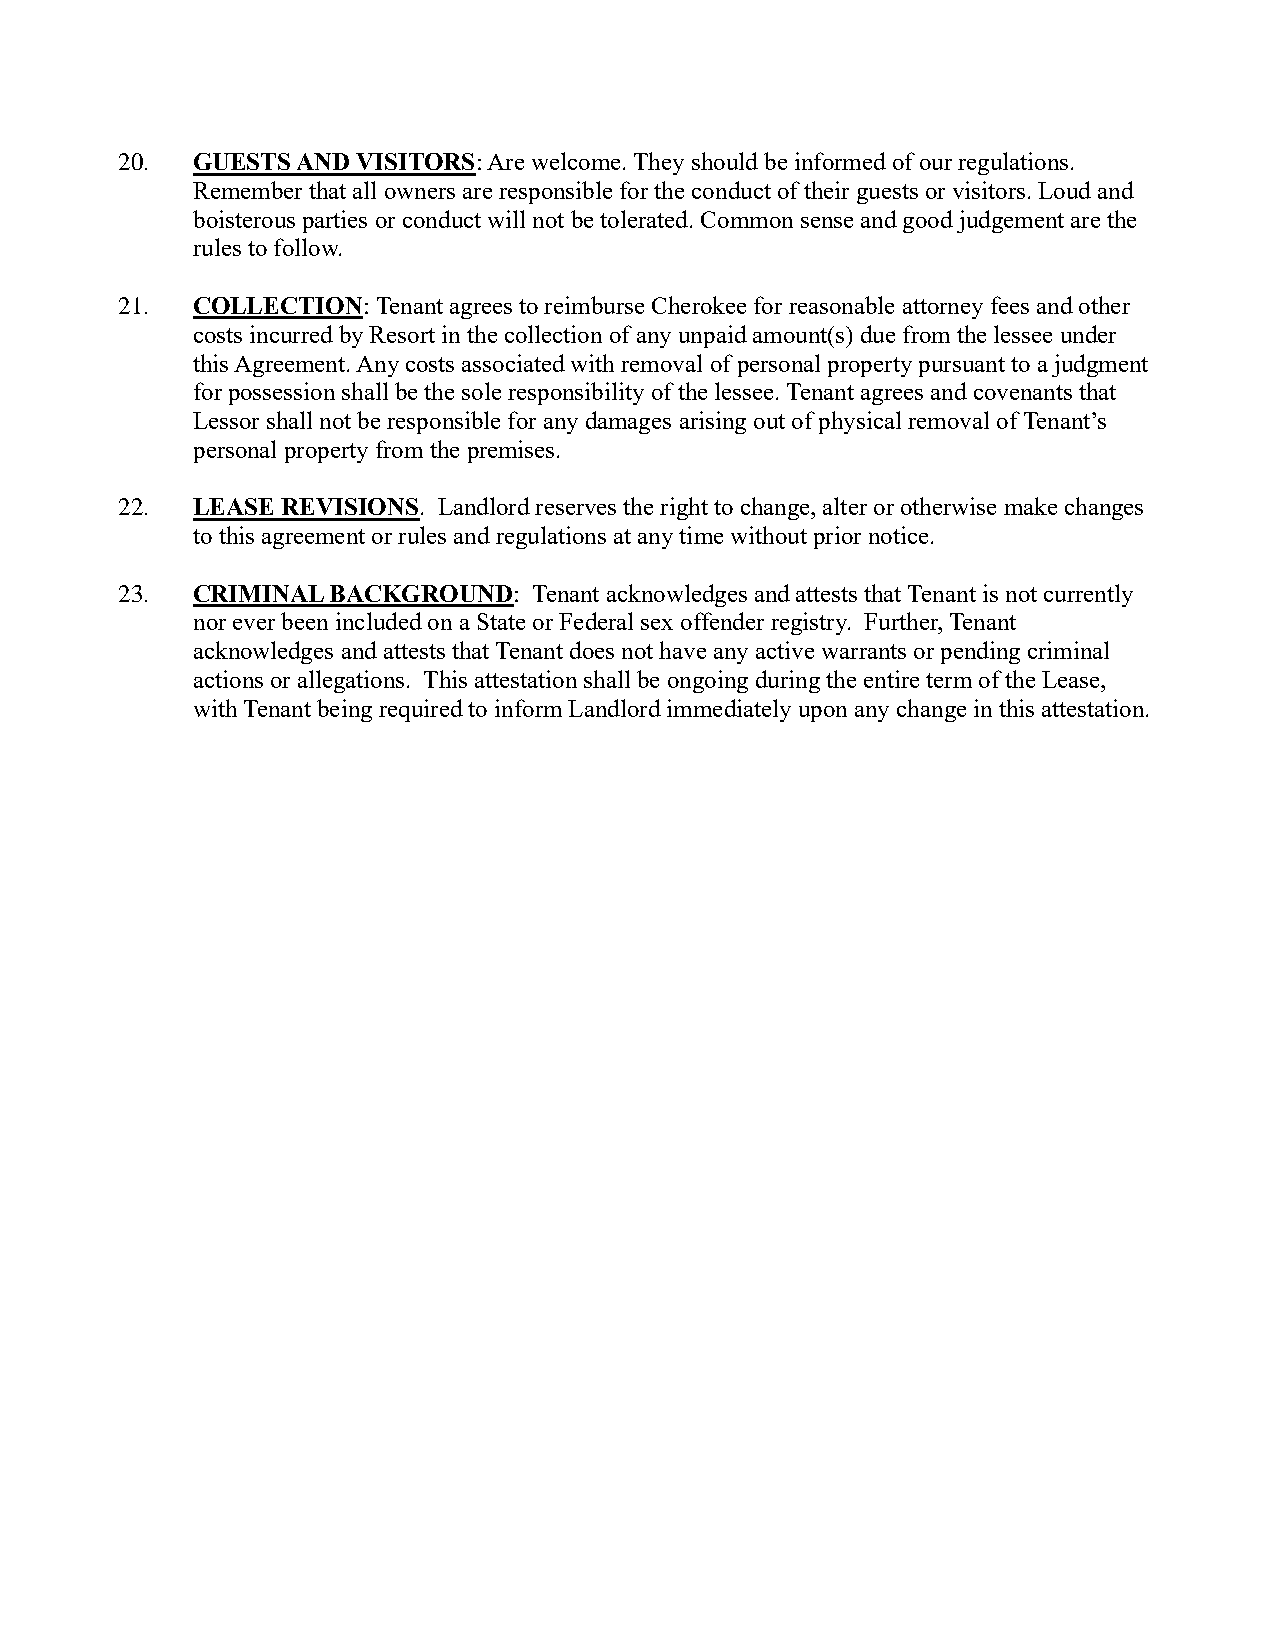
20.  GUESTS AND VISITORS: Are welcome. They should be informed of our regulations.
 Remember that all owners are responsible for the conduct of their guests or visitors. Loud and
 boisterous parties or conduct will not be tolerated. Common sense and good judgement are the
 rules to follow.
 21.  COLLECTION: Tenant agrees to reimburse Cherokee for reasonable attorney fees and other
 costs incurred by Resort in the collection of any unpaid amount(s) due from the lessee under
 this Agreement. Any costs associated with removal of personal property pursuant to a judgment
 for possession shall be the sole responsibility of the lessee. Tenant agrees and covenants that
 Lessor shall not be responsible for any damages arising out of physical removal of Tenant’s
 personal property from the premises.
 22.  LEASE REVISIONS. Landlord reserves the right to change, alter or otherwise make changes
 to this agreement or rules and regulations at any time without prior notice.
 23.  CRIMINAL BACKGROUND:  Tenant acknowledges and attests that Tenant is not currently
 nor ever been included on a State or Federal sex offender registry. Further, Tenant
 acknowledges and attests that Tenant does not have any active warrants or pending criminal
 actions or allegations. This attestation shall be ongoing during the entire term of the Lease,
 with Tenant being required to inform Landlord immediately upon any change in this attestation.